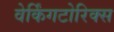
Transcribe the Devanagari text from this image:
वेर्किंगटोरिक्स